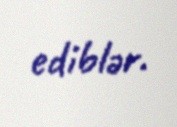
ediblər.